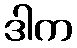
ဒါက